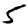
Digit: 5